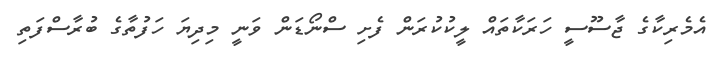
އެމެރިކާގެ ޖާސޫސީ ހަރަކާތައް ލީކުކުރަން ފެށި ސްނޯޑަން ވަނީ މިދިޔަ ހަފުތާގެ ބުރާސްފަތި